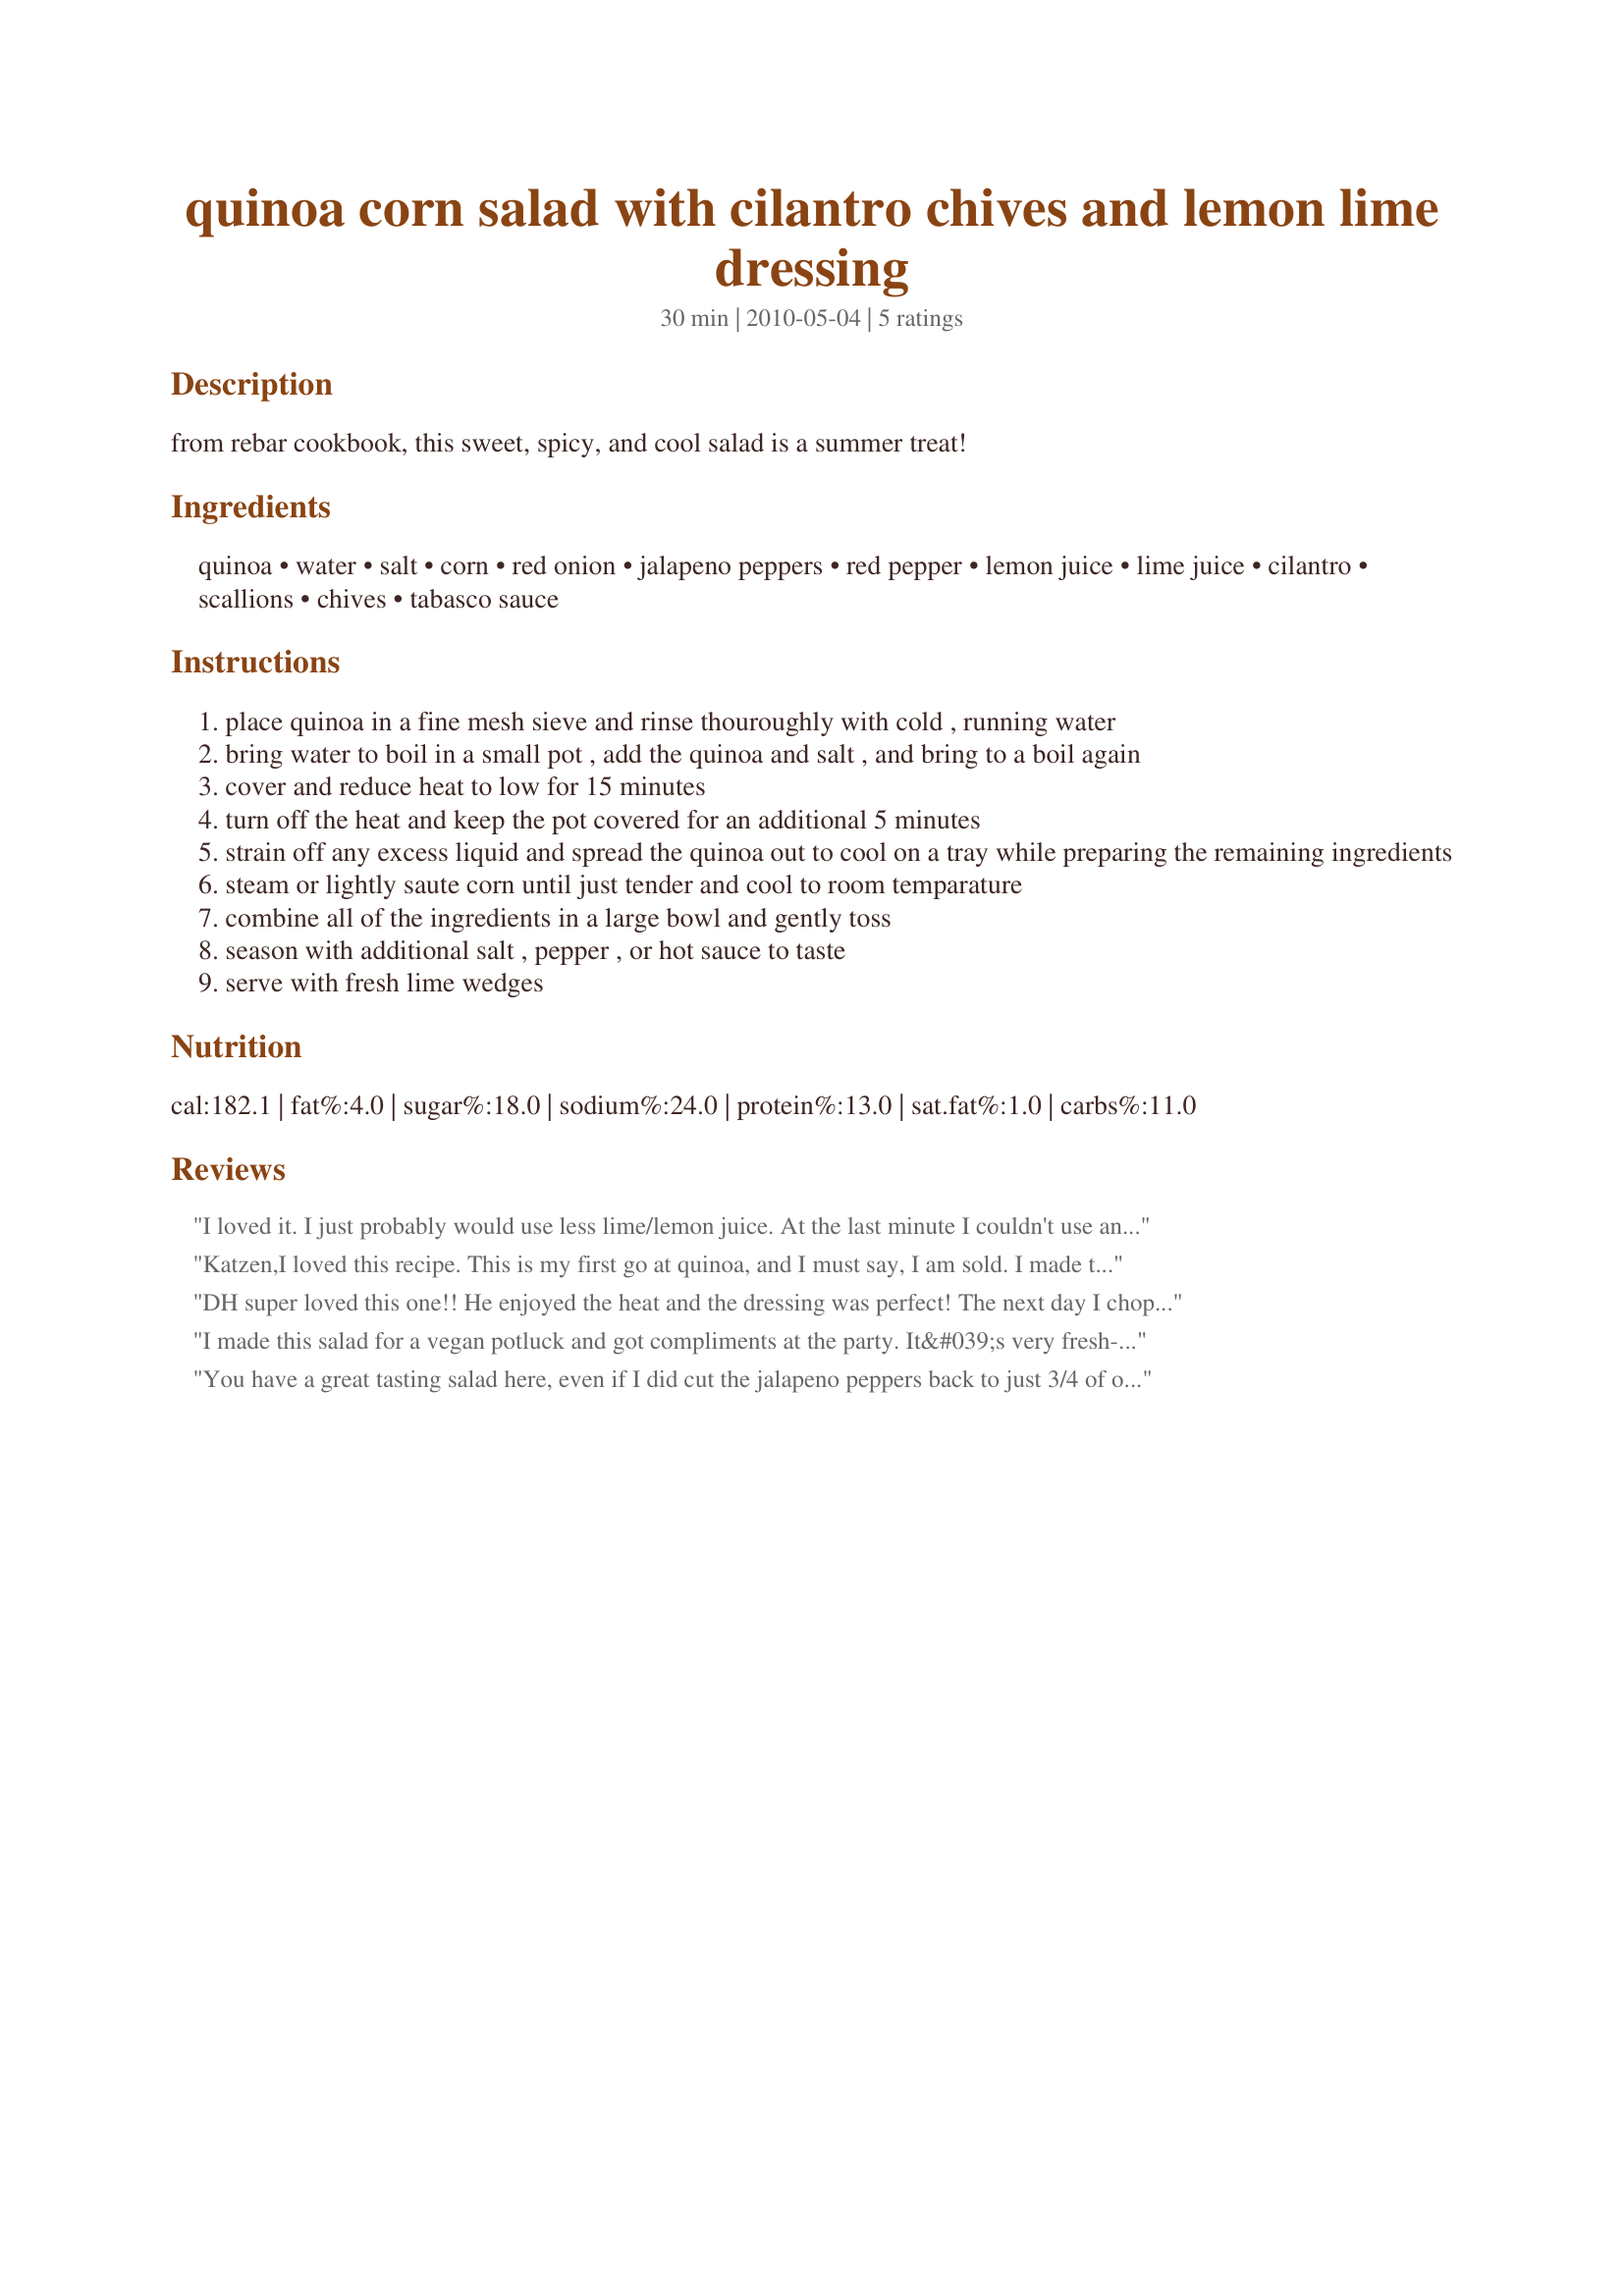
quinoa corn salad with cilantro chives and lemon lime dressing
Preparation time: 30 minutes

from rebar cookbook, this sweet, spicy, and cool salad is a summer treat!

Ingredients:
quinoa, water, salt, corn, red onion, jalapeno peppers, red pepper, lemon juice, lime juice, cilantro, scallions, chives, tabasco sauce

Steps:
place quinoa in a fine mesh sieve and rinse thouroughly with cold , running water
bring water to boil in a small pot , add the quinoa and salt , and bring to a boil again
cover and reduce heat to low for 15 minutes
turn off the heat and keep the pot covered for an additional 5 minutes
strain off any excess liquid and spread the quinoa out to cool on a tray while preparing the remaining ingredients
steam or lightly saute corn until just tender and cool to room temparature
combine all of the ingredients in a large bowl and gently toss
season with additional salt , pepper , or hot sauce to taste
serve with fresh lime wedges

Reviews:
I loved it. I just probably would use less lime/lemon juice. At the last minute I couldn't use any of my cilantro (the best part), so I'm still very impressed with how this turned out without it. I will make this again and load it up. Very healthy, yummy and summery!
Katzen,<br/>I loved this recipe. This is my first go at quinoa, and I must say, I am sold. I made this to bring to my parents home because my dad and husband both have diabetes. I wanted to try something instead of the traditional mac salad. It was very good. I felt it did need a little olive oil to the dressing just to give it one more element. Overall.....delish.
DH super loved this one!! He enjoyed the heat and the dressing was perfect! The next day I chopped up some avocado into the leftovers and he enjoyed immensely!! Very lovely recipe here - thanks Katzen!!! Made for Veg*n Swap 28!
I made this salad for a vegan potluck and got compliments at the party. It&#039;s very fresh-tasting and goes perfectly with burritos or enchiladas as a side dish. I think the key is to get the right balance of lemon-lime juice and hot sauce in the topping. The hot sauce takes it from bland into Tex-Mex territory and is essential IMO, but add it slowly as a little goes a long way. I added a little olive oil to the dressing as well. Thanks for sharing, Katzen! Made for Zaar Cookbook Tag.
You have a great tasting salad here, even if I did cut the jalapeno peppers back to just 3/4 of one! We did enjoy the combo of citrus juices in the dressing & have it scheduled to be made again! Definitely a nice alternative to the usual pasta & rice dishes! Thanks for posting it! [Tagged & made in Please Review My Recipe]
